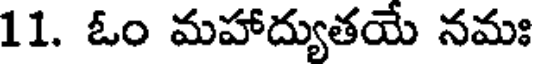
11. ఓం మహాద్యుతయే నమః